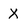
Character: X